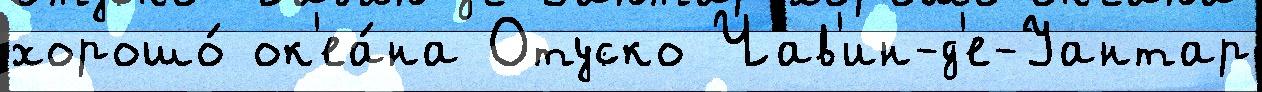
хорошо́ ок'еа́на Отуско Чав'ин-д'е-Уантар